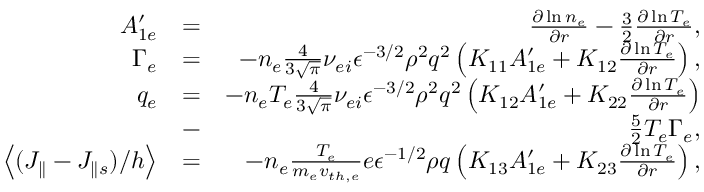
\begin{array} { r l r } { A _ { 1 e } ^ { \prime } } & { = } & { \frac { \partial \ln { n _ { e } } } { \partial r } - \frac { 3 } { 2 } \frac { \partial \ln { T _ { e } } } { \partial r } , } \\ { \Gamma _ { e } } & { = } & { - n _ { e } \frac { 4 } { 3 \sqrt { \pi } } \nu _ { e i } \epsilon ^ { - 3 / 2 } \rho ^ { 2 } q ^ { 2 } \left( K _ { 1 1 } A _ { 1 e } ^ { \prime } + K _ { 1 2 } \frac { \partial \ln { T _ { e } } } { \partial r } \right) , } \\ { q _ { e } } & { = } & { - n _ { e } T _ { e } \frac { 4 } { 3 \sqrt { \pi } } \nu _ { e i } \epsilon ^ { - 3 / 2 } \rho ^ { 2 } q ^ { 2 } \left( K _ { 1 2 } A _ { 1 e } ^ { \prime } + K _ { 2 2 } \frac { \partial \ln { T _ { e } } } { \partial r } \right) } \\ & { - } & { \frac { 5 } { 2 } T _ { e } \Gamma _ { e } , } \\ { \left< ( J _ { \parallel } - J _ { \parallel s } ) / h \right> } & { = } & { - n _ { e } \frac { T _ { e } } { m _ { e } v _ { t h , e } } e \epsilon ^ { - 1 / 2 } \rho q \left( K _ { 1 3 } A _ { 1 e } ^ { \prime } + K _ { 2 3 } \frac { \partial \ln { T _ { e } } } { \partial r } \right) , } \end{array}